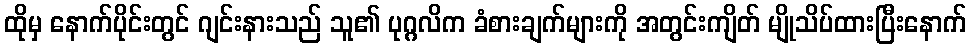
ထိုမှ နောက်ပိုင်းတွင် ဂျင်းနားသည် သူ၏ ပုဂ္ဂလိက ခံစားချက်များကို အတွင်းကျိတ် မျိုသိပ်ထားပြီးနောက်